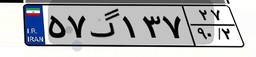
۵۷گ۱۳۷۲۷